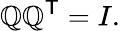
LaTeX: \mathbb{Q}\mathbb{Q}^{\mathsf{{T}}}=I.